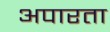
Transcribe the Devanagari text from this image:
अपारता